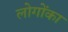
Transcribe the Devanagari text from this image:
लोगोंका